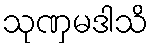
သုဏှမဒါသိ